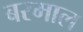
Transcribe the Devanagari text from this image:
बरमाल